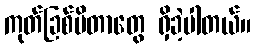
ကုတ်ခြစ်မိတာတွေ ရှိခဲ့ပါတယ်။